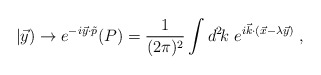
\begin{align*}|\vec{y}) \rightarrow e^{-i\vec{y}\cdot \tilde{p}}(P)=\frac{1}{(2\pi)^2}\int {d^2 \kern-.18em k} \,\,e^{i\vec{k}\cdot (\vec{x}-\lambda\vec{y})}~,\end{align*}